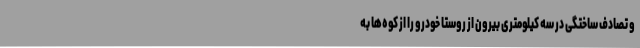
و تصادف ساختگی در سه کیلومتری بیرون از روستا خودرو را از کوه‌ها به